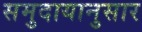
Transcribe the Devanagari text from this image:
समुदायानुसार